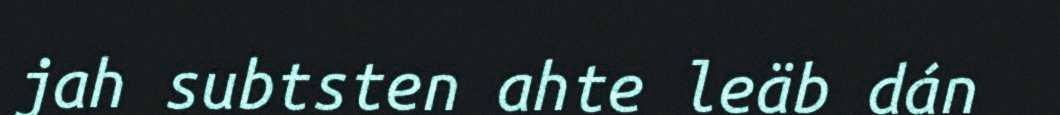
jah subtsten ahte leäb dán